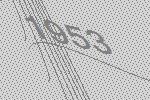
1953